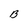
Character: B